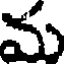
మ